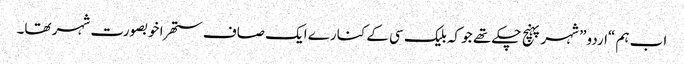
اب ہم “اردو” شہر پہنچ چکے تھے جو کہ بلیک سی کے کنارے ایک صاف ستھرا خوبصورت شہر تھا۔